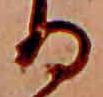
る